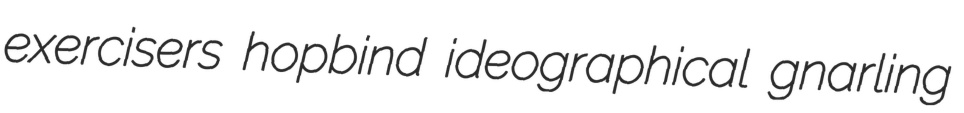
exercisers hopbind ideographical gnarling